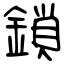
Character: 鎖